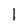
Character: l